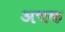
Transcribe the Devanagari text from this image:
अचक